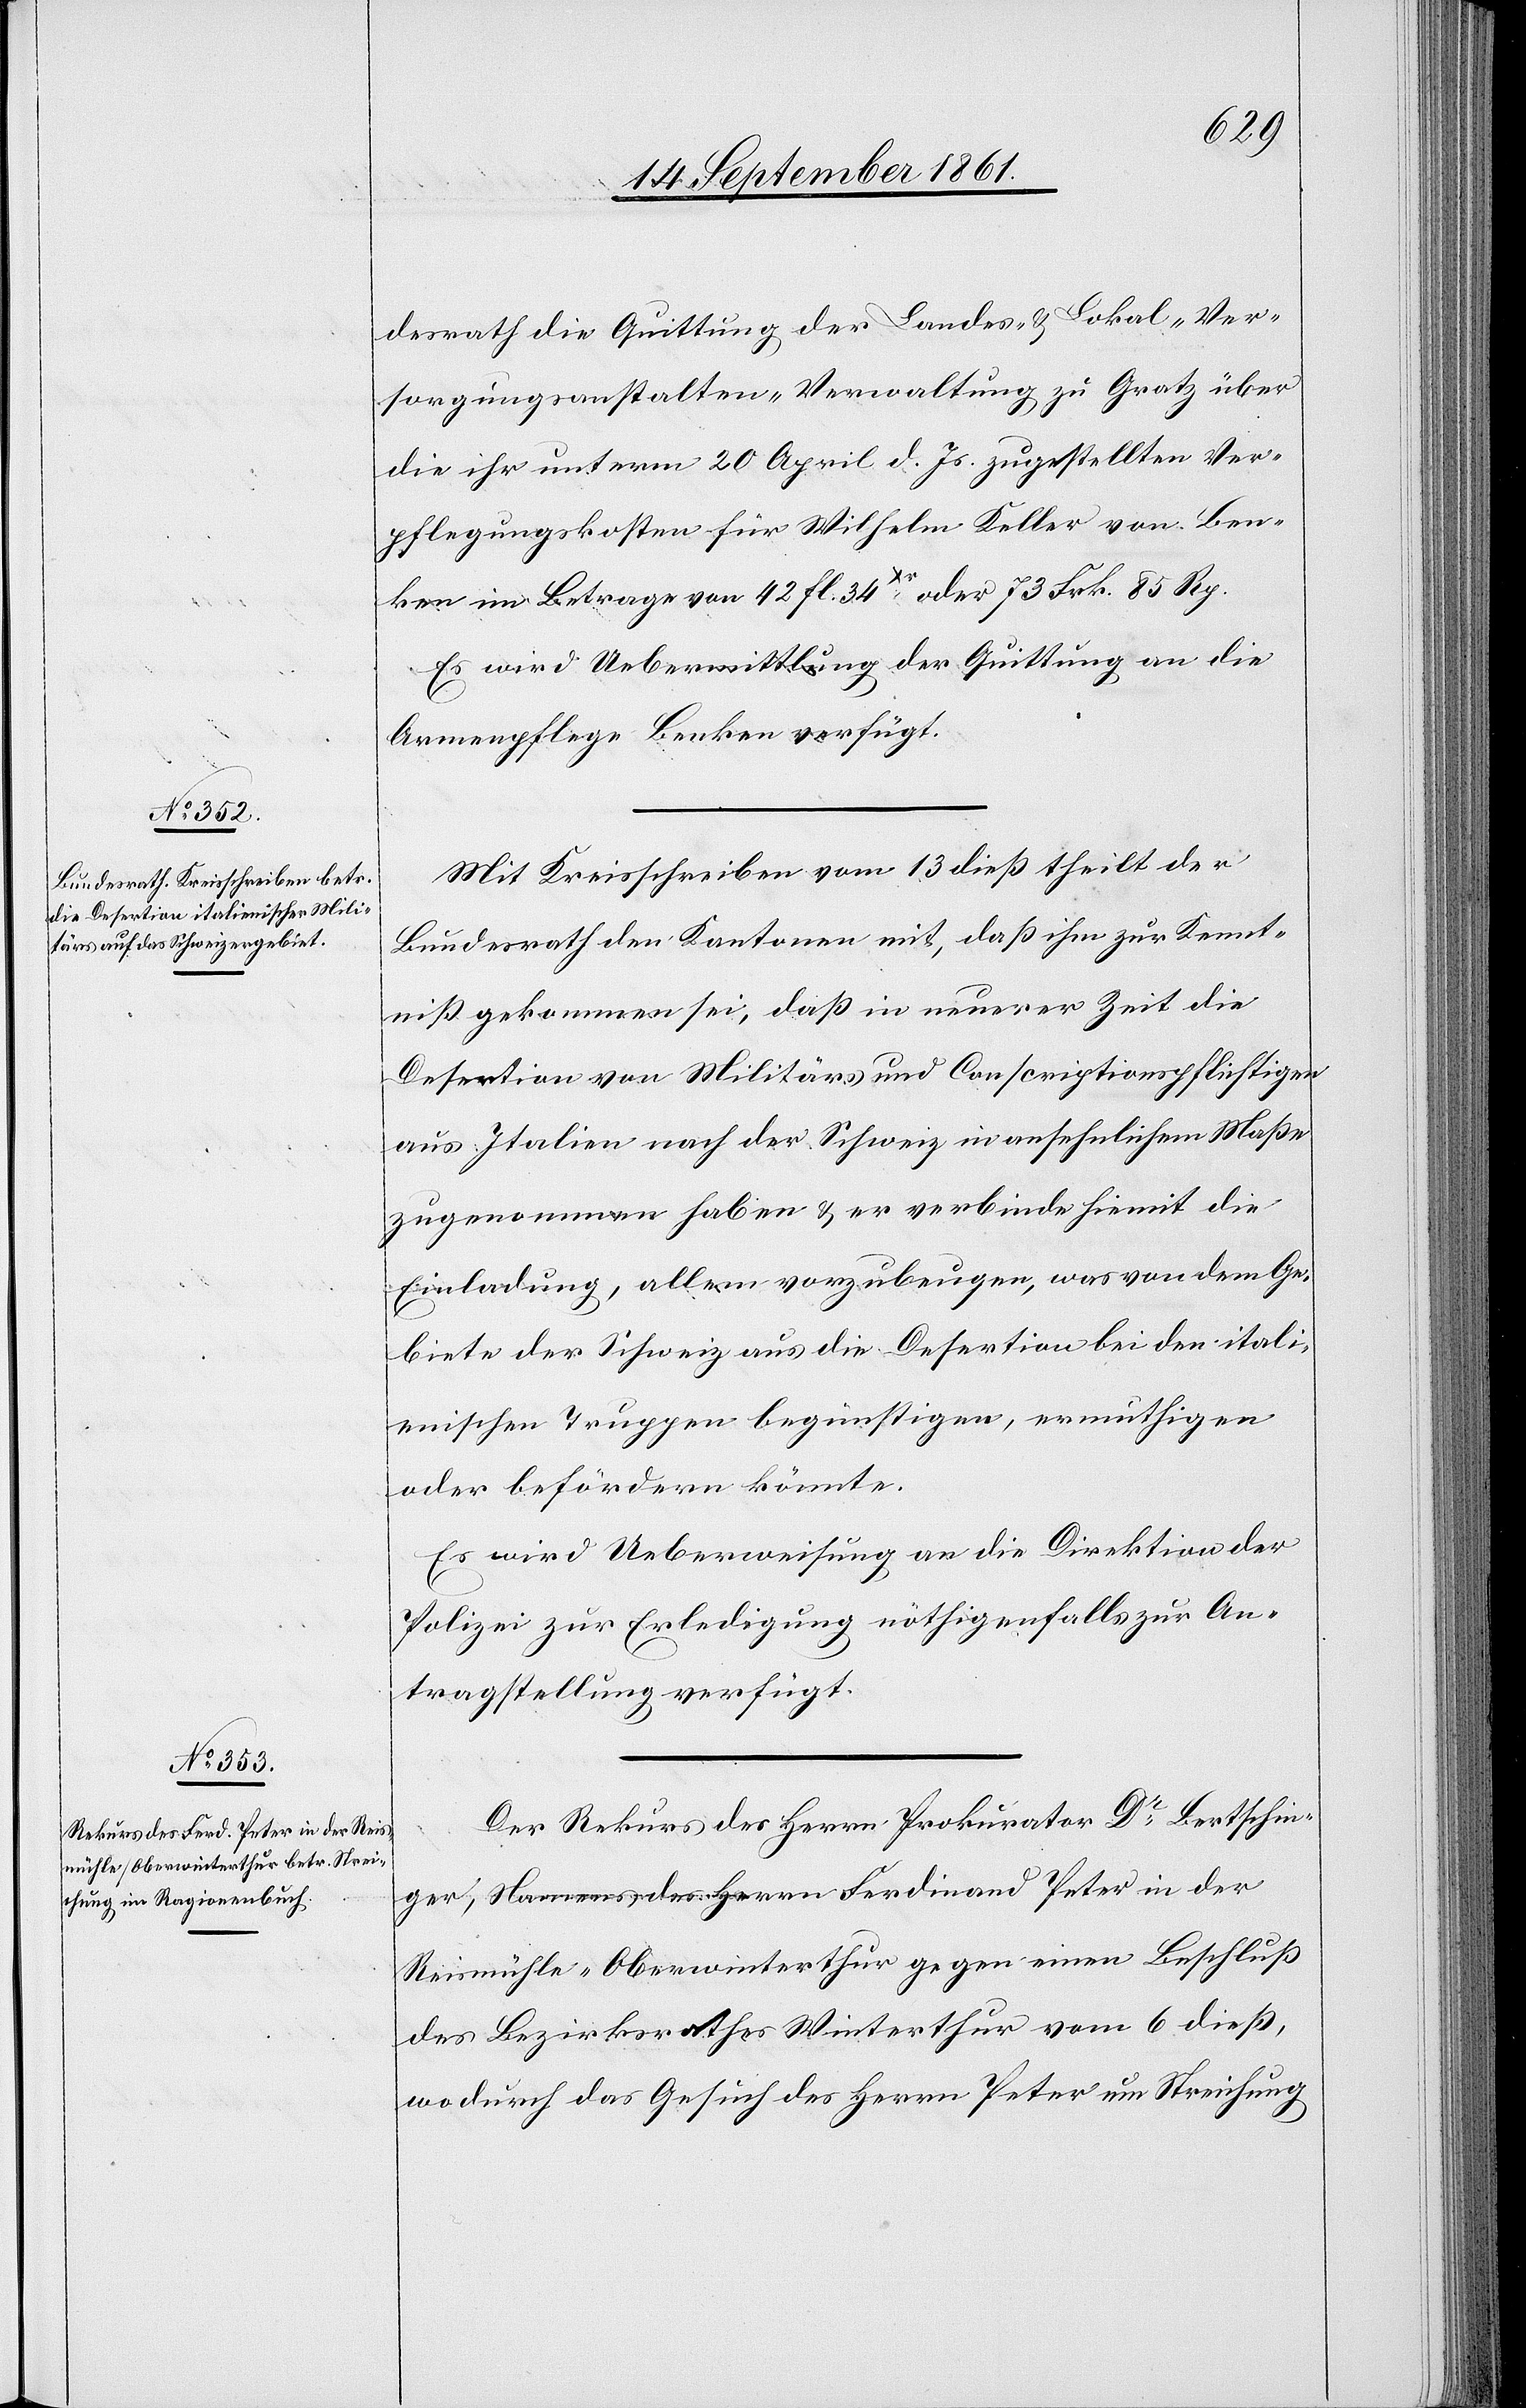
16 September 1861.]
desrath die Quittung der Landes- u. Lokal-Ver¬
sorgungsanstalten-Verwaltung zu Gratz über
die ihr unterm 29 April d. Js. zugestellten Ver¬
pflegungskosten für Wilhelm Keller von Ben¬
ken im Betrage von 42 fl. 34xr oder 73 Frk. 85 Rp.
Es wird Uebermittlung der Quittung an die
Armenpflege Benken verfügt.
Mit Kreisschreiben vom 13 dieß theilt der
Bundesrath den Kantonen mit, daß ihm zur Kennt¬
niß gekommen sei, daß in neuerer Zeit die
Desertion von Militärs und Conscriptionspflichtigen
aus Italien nach der Schweiz in ansehnlichem Maße
zugenommen haben u. er verbindet hiermit die
Einladung, allem vorzubeugen, was von dem Ge¬
biete der Schweiz aus die Desertion bei den itali¬
enischen Truppen begünstigen, ermuthigen
oder befördern könnte.
Es wird Ueberweisung an die Direktion der
Polizei zur Erledigung nöthigenfalls zur An¬
tragstellung verfügt.
Der Rekurs des Herrn Prokurator Dr Bertschin¬
ger, Namens des Herrn Ferdinand Peter in der
Reismühle-Oberwinterthur gegen einen Beschluß
des Bezirksrathes Winterthur vom 6 dieß,
wodurch das Gesuch des Herrn Peter um Streichung